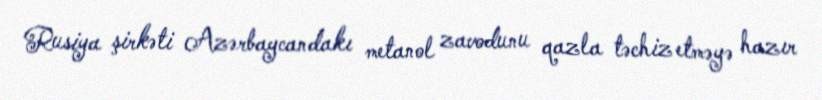
Rusiya şirkəti Azərbaycandakı metanol zavodunu qazla təchiz etməyə hazır